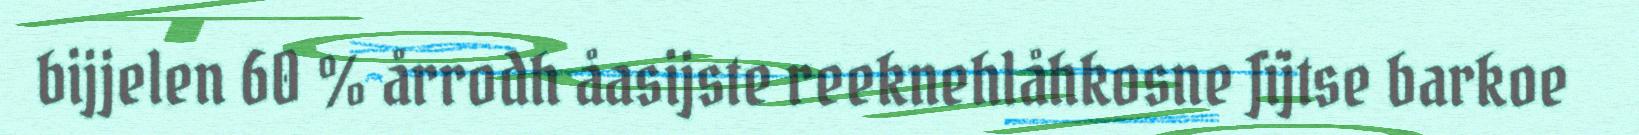
bijjelen 60 % årrodh åasijste reeknehlåhkosne Jïjtse barkoe